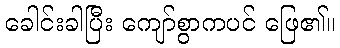
ခေါင်းခါပြီး ကျော်စွာကပင် ဖြေ၏။